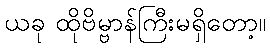
ယခု ထိုဗိမ္ဗာန်ကြီးမရှိတော့။